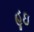
હૂઇ